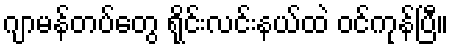
ဂျာမန်တပ်တွေ ရိုင်းလင်းနယ်ထဲ ဝင်ကုန်ပြီ။